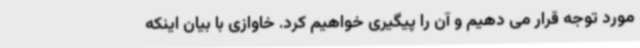
مورد توجه قرار می دهیم و آن را پیگیری خواهیم کرد. خاوازی با بیان اینکه